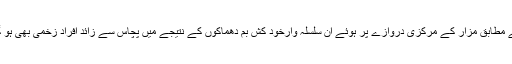
حکام کے مطابق مزار کے مرکزی دروازے پر ہوئے ان سلسلہ وارخود کش بم دھماکوں کے نتیجے میں پچاس سے زائد افراد زخمی بھی ہو گئے ہیں۔